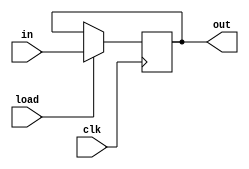
module accmulator(in,load,clk,out);
  input [7:0]in;
  input load,clk;
  output reg[7:0] out;
  
  always@(posedge clk)
     if(load)
      out<=in;
      initial
      out=8'h00;
    endmodule